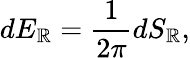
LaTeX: dE_{\mathbb{R}}={\frac{{1}}{{2\pi}}}dS_{\mathbb{R}},